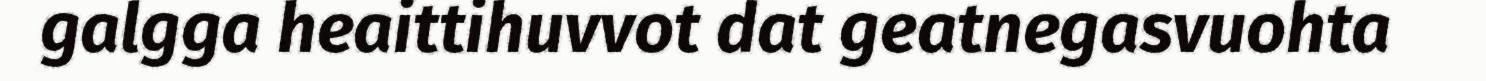
galgga heaittihuvvot dat geatnegasvuohta